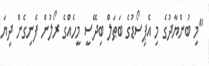
"މި ބުންޔާދުގެ މި އެޕިސޯޑުގެ ބަޠަލް ބިދޭސީ މީހެއްގެ ރޯލުން ފެނިގެން ދިޔަ